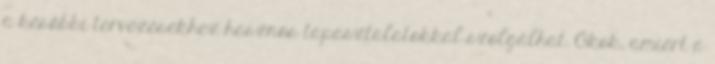
a későbbi tervezésekhez hasznos tapasztalatokkal szolgálhat. Okok, amiért a